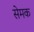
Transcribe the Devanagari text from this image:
सेमक